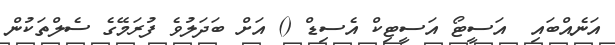
އަނެއްބައި  އަސީޓޯ އަސީޓިކް އެސިޑް () އަށް ބަދަލުވެ ފުރަމޭގެ ސެލްތަކުން